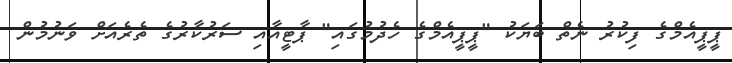
ޕީޕީއެމްގެ ފިކުރު ނެތް ބަޔަކު "ޕީޕީއެމްގެ ހެދުމުގައި" ޕާޓީއާއި ސަރުކާރުގެ ތެރެއަށް ވަނުމުން